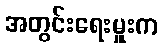
အတွင်းရေးမှူးက